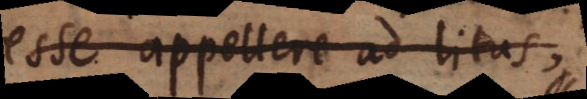
esse appellere ad litus,